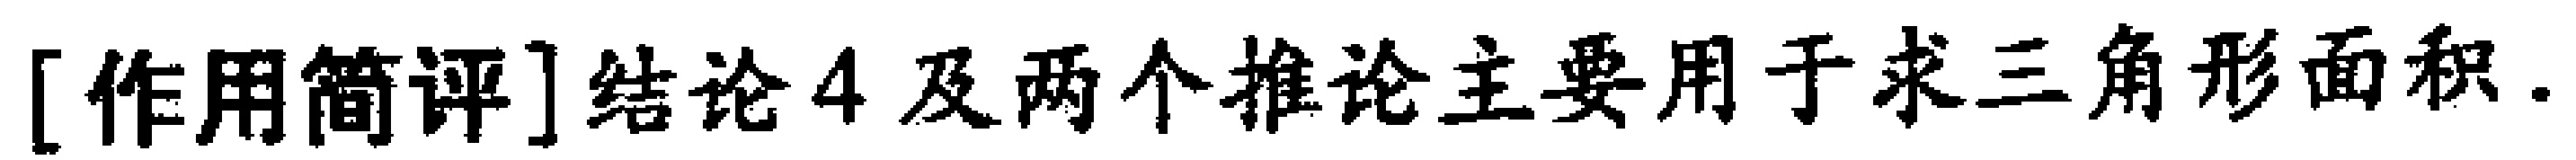
[作用简评]结论4及两个推论主要用于求三角形面积.